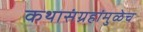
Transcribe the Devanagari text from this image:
कथासंग्रहांमुळेच